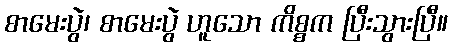
စာမေးပွဲ၊ စာမေးပွဲ ဟူသော ကိစ္စက ပြီးသွားပြီ။